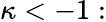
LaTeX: \kappa<-1: